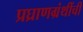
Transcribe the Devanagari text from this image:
प्रघ्राणग्रंथींची